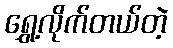
ရွှေ့လိုက်တယ်တဲ့